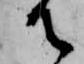
御